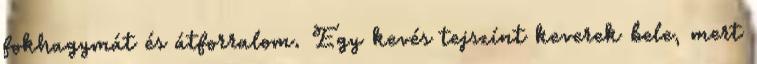
fokhagymát és átforralom. Egy kevés tejszínt keverek bele, mert